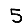
Digit: 5